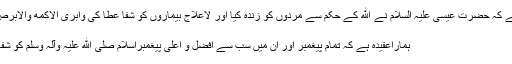
قرآن کریم میں ذکرہواہے کہ حضرت عیسیٰ علیہ السلام نے الله کے حکم سے مردوں کو زندہ کیا اور لاعلاج بیماروں کو شفا عطا کی وابری الاکمه والابرص واحی الموتی ٰ باذن الله
6. مسئلہ شفاعت :
ہماراعقیدہ ہے کہ تمام پیغمبر اور ان میں سب سے افضل و اعلیٰ پیغمبراسلام صلی الله علیہ وآلہ وسلم کو شفاعت کا حق حاصل ہے۔